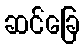
ဆင်ခြေ